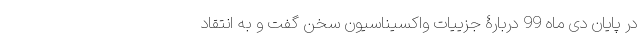
در پایان دی ماه 99 دربارۀ جزییات واکسیناسیون سخن گفت و به انتقاد